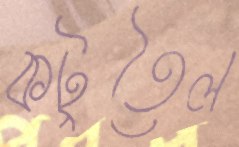
কটুতৈল